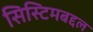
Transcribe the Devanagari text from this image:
सिस्टिमबद्दल